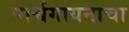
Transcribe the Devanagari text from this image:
पार्श्वगायनाचा